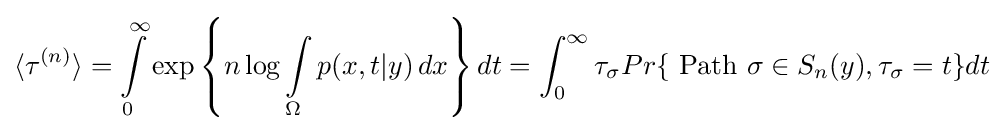
\langle \tau ^{(n)}\rangle =\int \limits \limits _{0}^{\infty }\exp \left\{n\log \int \limits _{\Omega }p(x,t|y)\,dx\right\}dt=\int _{0}^{\infty }\tau _{\sigma }Pr\{{\hbox{ Path }}\sigma \in S_{n}(y),\tau _{\sigma }=t\}dt